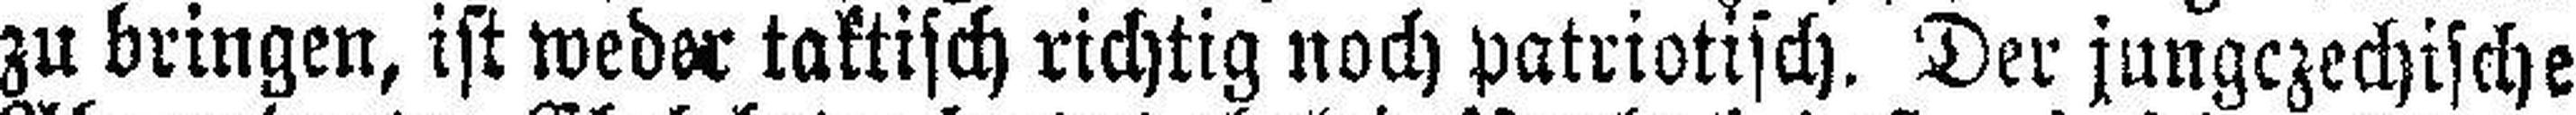
zu bringen, ist weder taktisch richtig noch patriotisch. Der jungczechische